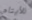
للأيتام